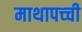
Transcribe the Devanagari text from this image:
माथापच्‍ची